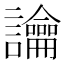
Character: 讑